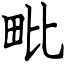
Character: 毗